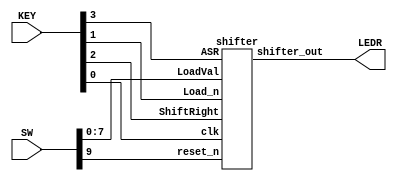
`timescale 1ns / 1ns

module Shifter (SW, KEY, LEDR);
	input [9:0] SW;
	input [3:0] KEY;
	output [7:0] LEDR;
	
	shifter s0 (
		.LoadVal(SW[7:0]),
		.Load_n(KEY[1]),
		.ShiftRight(KEY[2]),
		.ASR(KEY[3]),
		.clk(KEY[0]),
		.reset_n(SW[9]),
		.shifter_out(LEDR[7:0])
	);
endmodule

module shifter(LoadVal, Load_n, ShiftRight, ASR, clk, reset_n, shifter_out);
	input [7:0] LoadVal;
	input Load_n, ShiftRight, ASR, clk, reset_n;
	output [7:0] shifter_out;
	wire in_wire;
	
	mux21 mx0 (
		.x(ASR),
		.y(shifter_out[7]),
		.s(ASR),
		.m(in_wire)
	);
	
	ShifterBit sb0 (
		.load_val(LoadVal[0]),
		.in(shifter_out[1]),
		.shift(ShiftRight),
		.load_n(Load_n),
		.clk(clk),
		.reset_n(reset_n),
		.out(shifter_out[0])
	);
	
	ShifterBit sb1 (
		.load_val(LoadVal[1]),
		.in(shifter_out[2]),
		.shift(ShiftRight),
		.load_n(Load_n),
		.clk(clk),
		.reset_n(reset_n),
		.out(shifter_out[1])
	);
	
	ShifterBit sb2 (
		.load_val(LoadVal[2]),
		.in(shifter_out[3]),
		.shift(ShiftRight),
		.load_n(Load_n),
		.clk(clk),
		.reset_n(reset_n),
		.out(shifter_out[2])
	);
	
	ShifterBit sb3 (
		.load_val(LoadVal[3]),
		.in(shifter_out[4]),
		.shift(ShiftRight),
		.load_n(Load_n),
		.clk(clk),
		.reset_n(reset_n),
		.out(shifter_out[3])
	);
	
	ShifterBit sb4 (
		.load_val(LoadVal[4]),
		.in(shifter_out[5]),
		.shift(ShiftRight),
		.load_n(Load_n),
		.clk(clk),
		.reset_n(reset_n),
		.out(shifter_out[4])
	);
	
	ShifterBit sb5 (
		.load_val(LoadVal[5]),
		.in(shifter_out[6]),
		.shift(ShiftRight),
		.load_n(Load_n),
		.clk(clk),
		.reset_n(reset_n),
		.out(shifter_out[5])
	);
	
	ShifterBit sb6 (
		.load_val(LoadVal[6]),
		.in(shifter_out[7]),
		.shift(ShiftRight),
		.load_n(Load_n),
		.clk(clk),
		.reset_n(reset_n),
		.out(shifter_out[6])
	);
	
	ShifterBit sb7 (
		.load_val(LoadVal[7]),
		.in(in_wire),
		.shift(ShiftRight),
		.load_n(Load_n),
		.clk(clk),
		.reset_n(reset_n),
		.out(shifter_out[7])
	);
endmodule

module ShifterBit(load_val, in, shift, load_n, clk, reset_n, out);
	input load_val, in, shift, load_n, clk, reset_n;
	output out;
	wire output_from_mux;
	wire flipflop_input;
	
	mux21 m0(.x(out), .y(in), .s(shift), .m(output_from_mux));
	mux21 m1(.x(load_val), .y(output_from_mux), .s(load_n), .m(flipflop_input));
	DFlipFlop DFF1(.D(flipflop_input), .reset_n(reset_n), .clk(clk), .Q(out));
endmodule

module mux21(x, y, s, m);
	input x, y, s;
	output m;
	
	assign m = x & ~s | y & s;
endmodule

module DFlipFlop(D, reset_n, clk, Q);
	input D, reset_n, clk;
	output Q;
	reg Q;
	
	always @(posedge clk)
	begin
		if(reset_n == 1'b0)
			Q <= 0;
		else 
			Q <= D;
	end
endmodule

//module sign_ext(asr, s_out);
//	input asr;

//endmodule